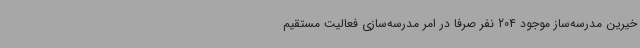
خیرین مدرسه‌ساز موجود 204 نفر صرفا در امر مدرسه‌سازی فعالیت مستقیم